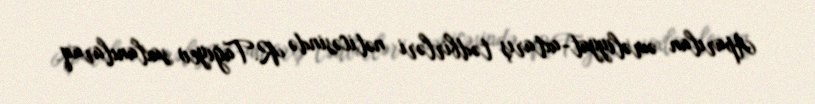
Aparılan əməliyyat-axtarış tədbirləri nəticəsində R.Tağıyev saxlanılaraq